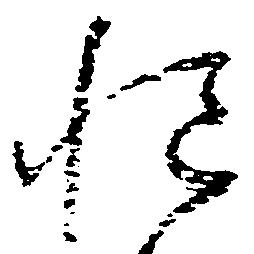
慥